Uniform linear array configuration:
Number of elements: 32
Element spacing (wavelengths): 0.5
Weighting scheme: uniform
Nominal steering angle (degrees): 30
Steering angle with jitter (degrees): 31.633
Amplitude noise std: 0.05
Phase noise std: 0.05

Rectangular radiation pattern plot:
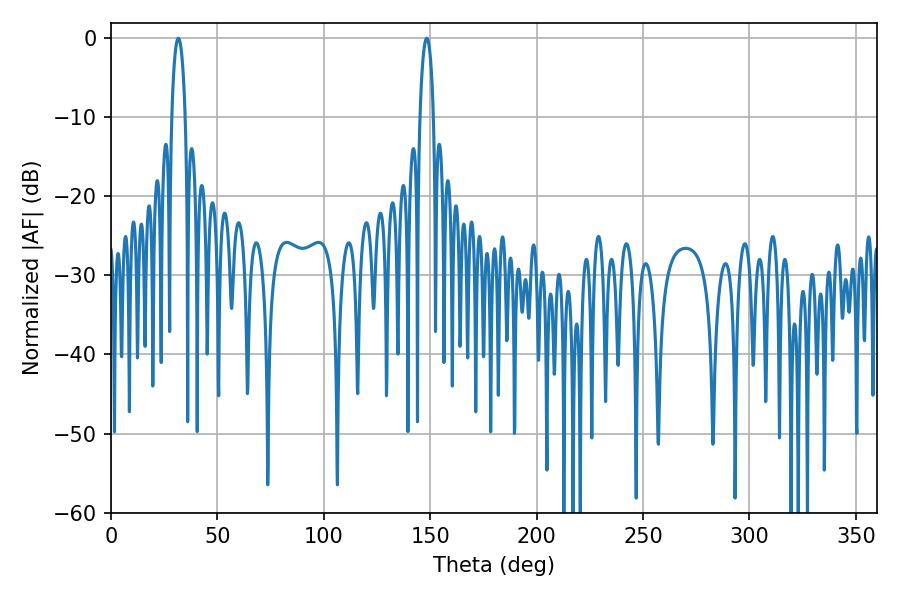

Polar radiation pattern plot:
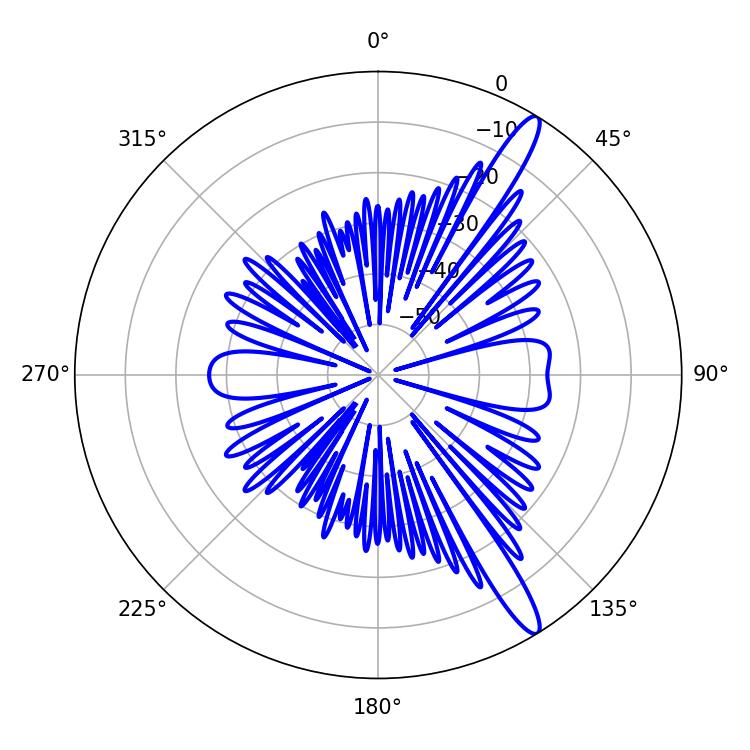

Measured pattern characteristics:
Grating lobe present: FALSE
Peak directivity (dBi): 14.191
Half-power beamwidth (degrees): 3.6
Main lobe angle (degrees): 31.68